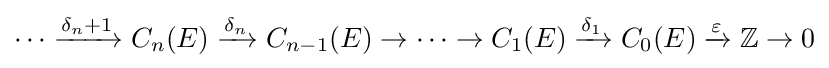
\cdots \xrightarrow {\delta _{n}+1} C_{n}(E)\xrightarrow {\delta _{n}} C_{n-1}(E)\rightarrow \cdots \rightarrow C_{1}(E)\xrightarrow {\delta _{1}} C_{0}(E)\xrightarrow {\varepsilon } \mathbb {Z} \rightarrow 0